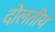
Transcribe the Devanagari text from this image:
दोलतीय